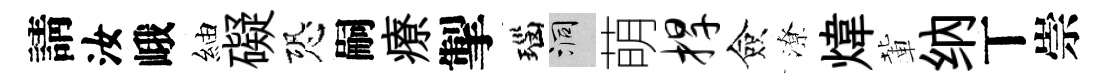
請汝峨紬礙恐嗣療掣瑙洞萌捍僉潦煒輩纳丅崇